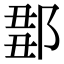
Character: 𨜈